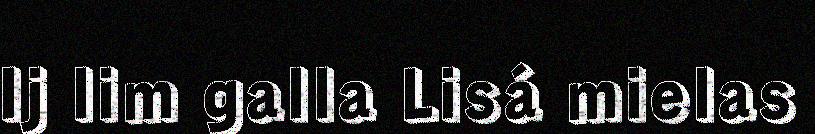
Ij lim galla Lisá mielas